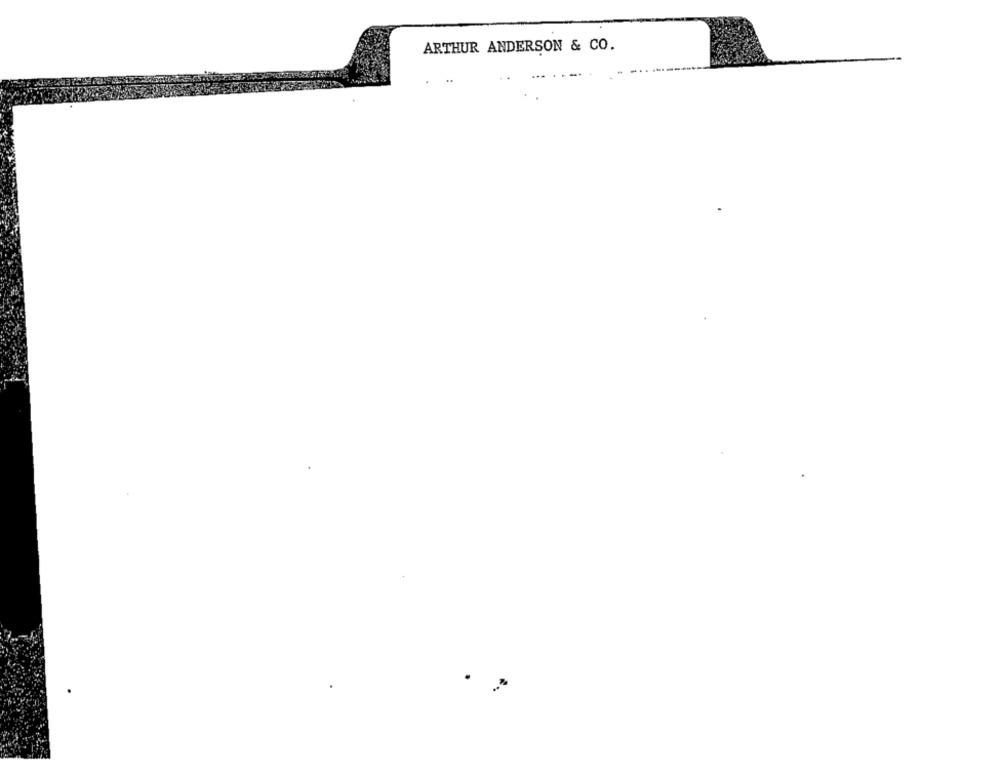
ARTHUR ANDERSON & CO.